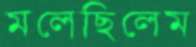
মলেছিলেম